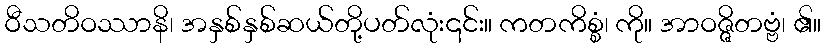
ဝီသတိဝဿာနိ၊ အနှစ်နှစ်ဆယ်တို့ပတ်လုံး၎င်း။ ကတကိစ္စံ၊ ကို။ အာဝဇ္ဇိတဗ္ဗံ၊ ၏။